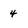
Character: 4